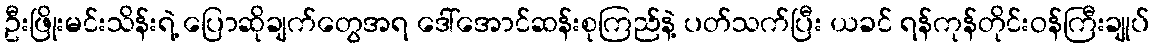
ဦးဖြိုးမင်းသိန်းရဲ့ ပြောဆိုချက်တွေအရ ဒေါ်အောင်ဆန်းစုကြည်နဲ့ ပတ်သက်ပြီး ယခင် ရန်ကုန်တိုင်းဝန်ကြီးချုပ်